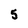
Character: 5